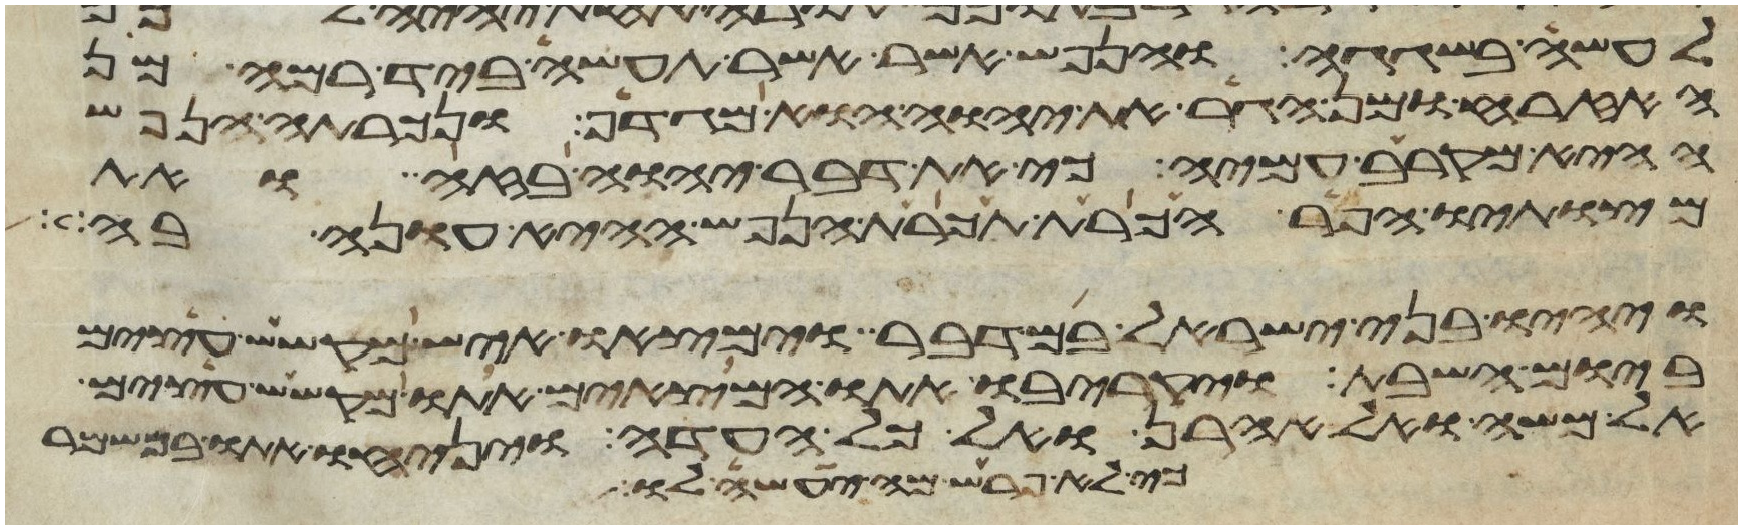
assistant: לעשה בשגגה והנפש אשר תעשה ביד רמה מן
האזרח ומן הגר את יהוה הוא מגדף ונכרתה הנפש
ההיא מקרב עמיה כי את דבר יהוה בזה ואת
מצותיו הפר הכרת תכרת הנפש ההיא עונה בה
ויהיו בני ישראל במדבר וימצאו איש מקשש עצים
ביום השבת ויקריבו אתו המצאים אתו מקשש עצים
אל משה ואל אהרן ואל כל העדה ויניחו אתו במשמר
כי לא פרש מה יעשה לו